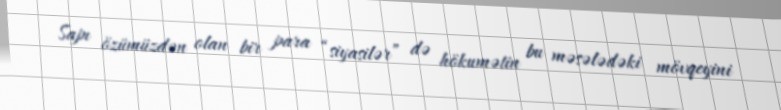
Sapı özümüzdən olan bir para “siyasilər” də hökumətin bu məsələdəki mövqeyini